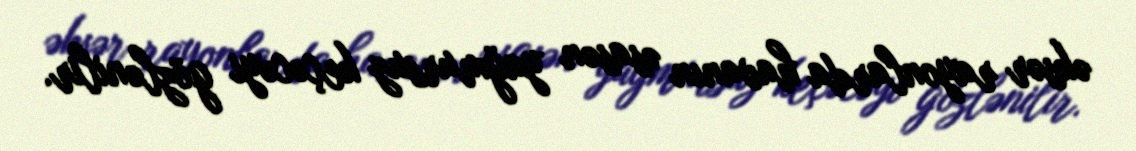
əksər rayonlarda havanın əsasən yağmursuz keçəcəyi gözlənilir.